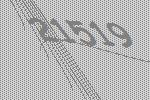
21519